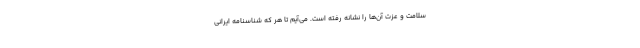
سلامت و عزت آن‌ها را نشانه رفته است. می‌آیم تا هر که شناسنامه ایرانی